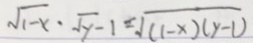
\sqrt { 1 - x } \cdot \sqrt { y - 1 } = \sqrt { ( 1 - x ) ( y - 1 ) }